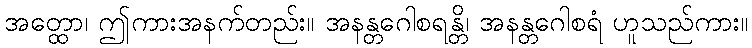
အတ္ထော၊ ဤကားအနက်တည်း။ အနန္တဂေါစရန္တိ၊ အနန္တဂေါစရံ ဟူသည်ကား။